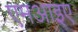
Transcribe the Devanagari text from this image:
एमआइए